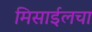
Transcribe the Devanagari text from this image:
मिसाईलचा